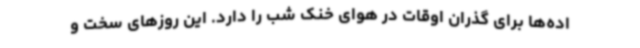
اده‌ها برای گذران اوقات در هوای خنک شب را دارد. این روزهای سخت و